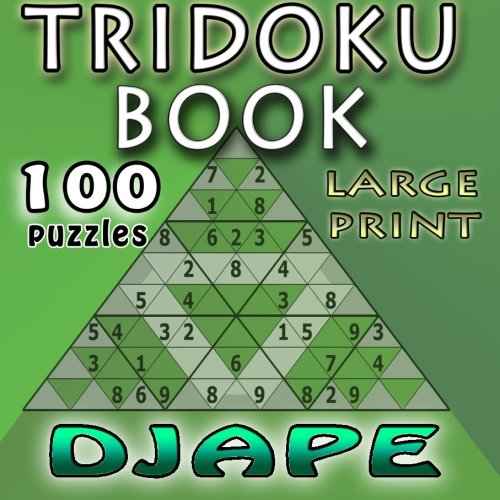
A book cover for Tridoku Book: Large Font - 100 puzzles; Djape; Humor & Entertainment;